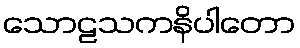
သောဠသကနိပါတော